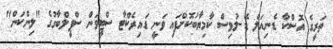
ތަރީގެ އޮސްކާ ޑެނިއަލް ޑޭ-ލުވިސް ކާމިޔާބުކޮށްފައި ވަނީ ޑައިރެކްޓާ ސްޓީވަން ސްޕީލްބާގުގެ "ލިންކަން"